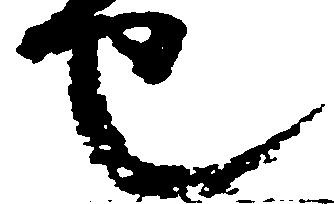
也